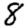
Digit: 8